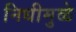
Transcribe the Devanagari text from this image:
निधीमुळे